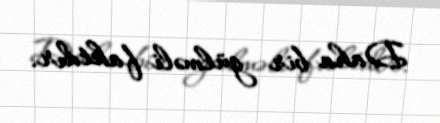
Daha bir gülməli faktdır.